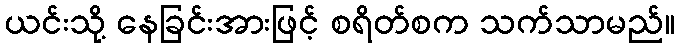
ယင်းသို့ နေခြင်းအားဖြင့် စရိတ်စက သက်သာမည်။